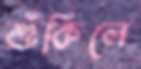
শুঁকিলে